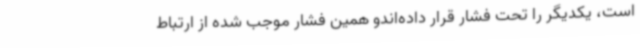
است، یکدیگر را تحت فشار قرار داده‌اندو همین فشار موجب شده از ارتباط